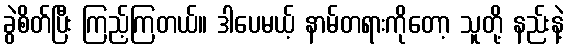
ခွဲစိတ်ပြီး ကြည့်ကြတယ်။ ဒါပေမယ့် နာမ်တရားကိုတော့ သူတို့ နည်းနဲ့